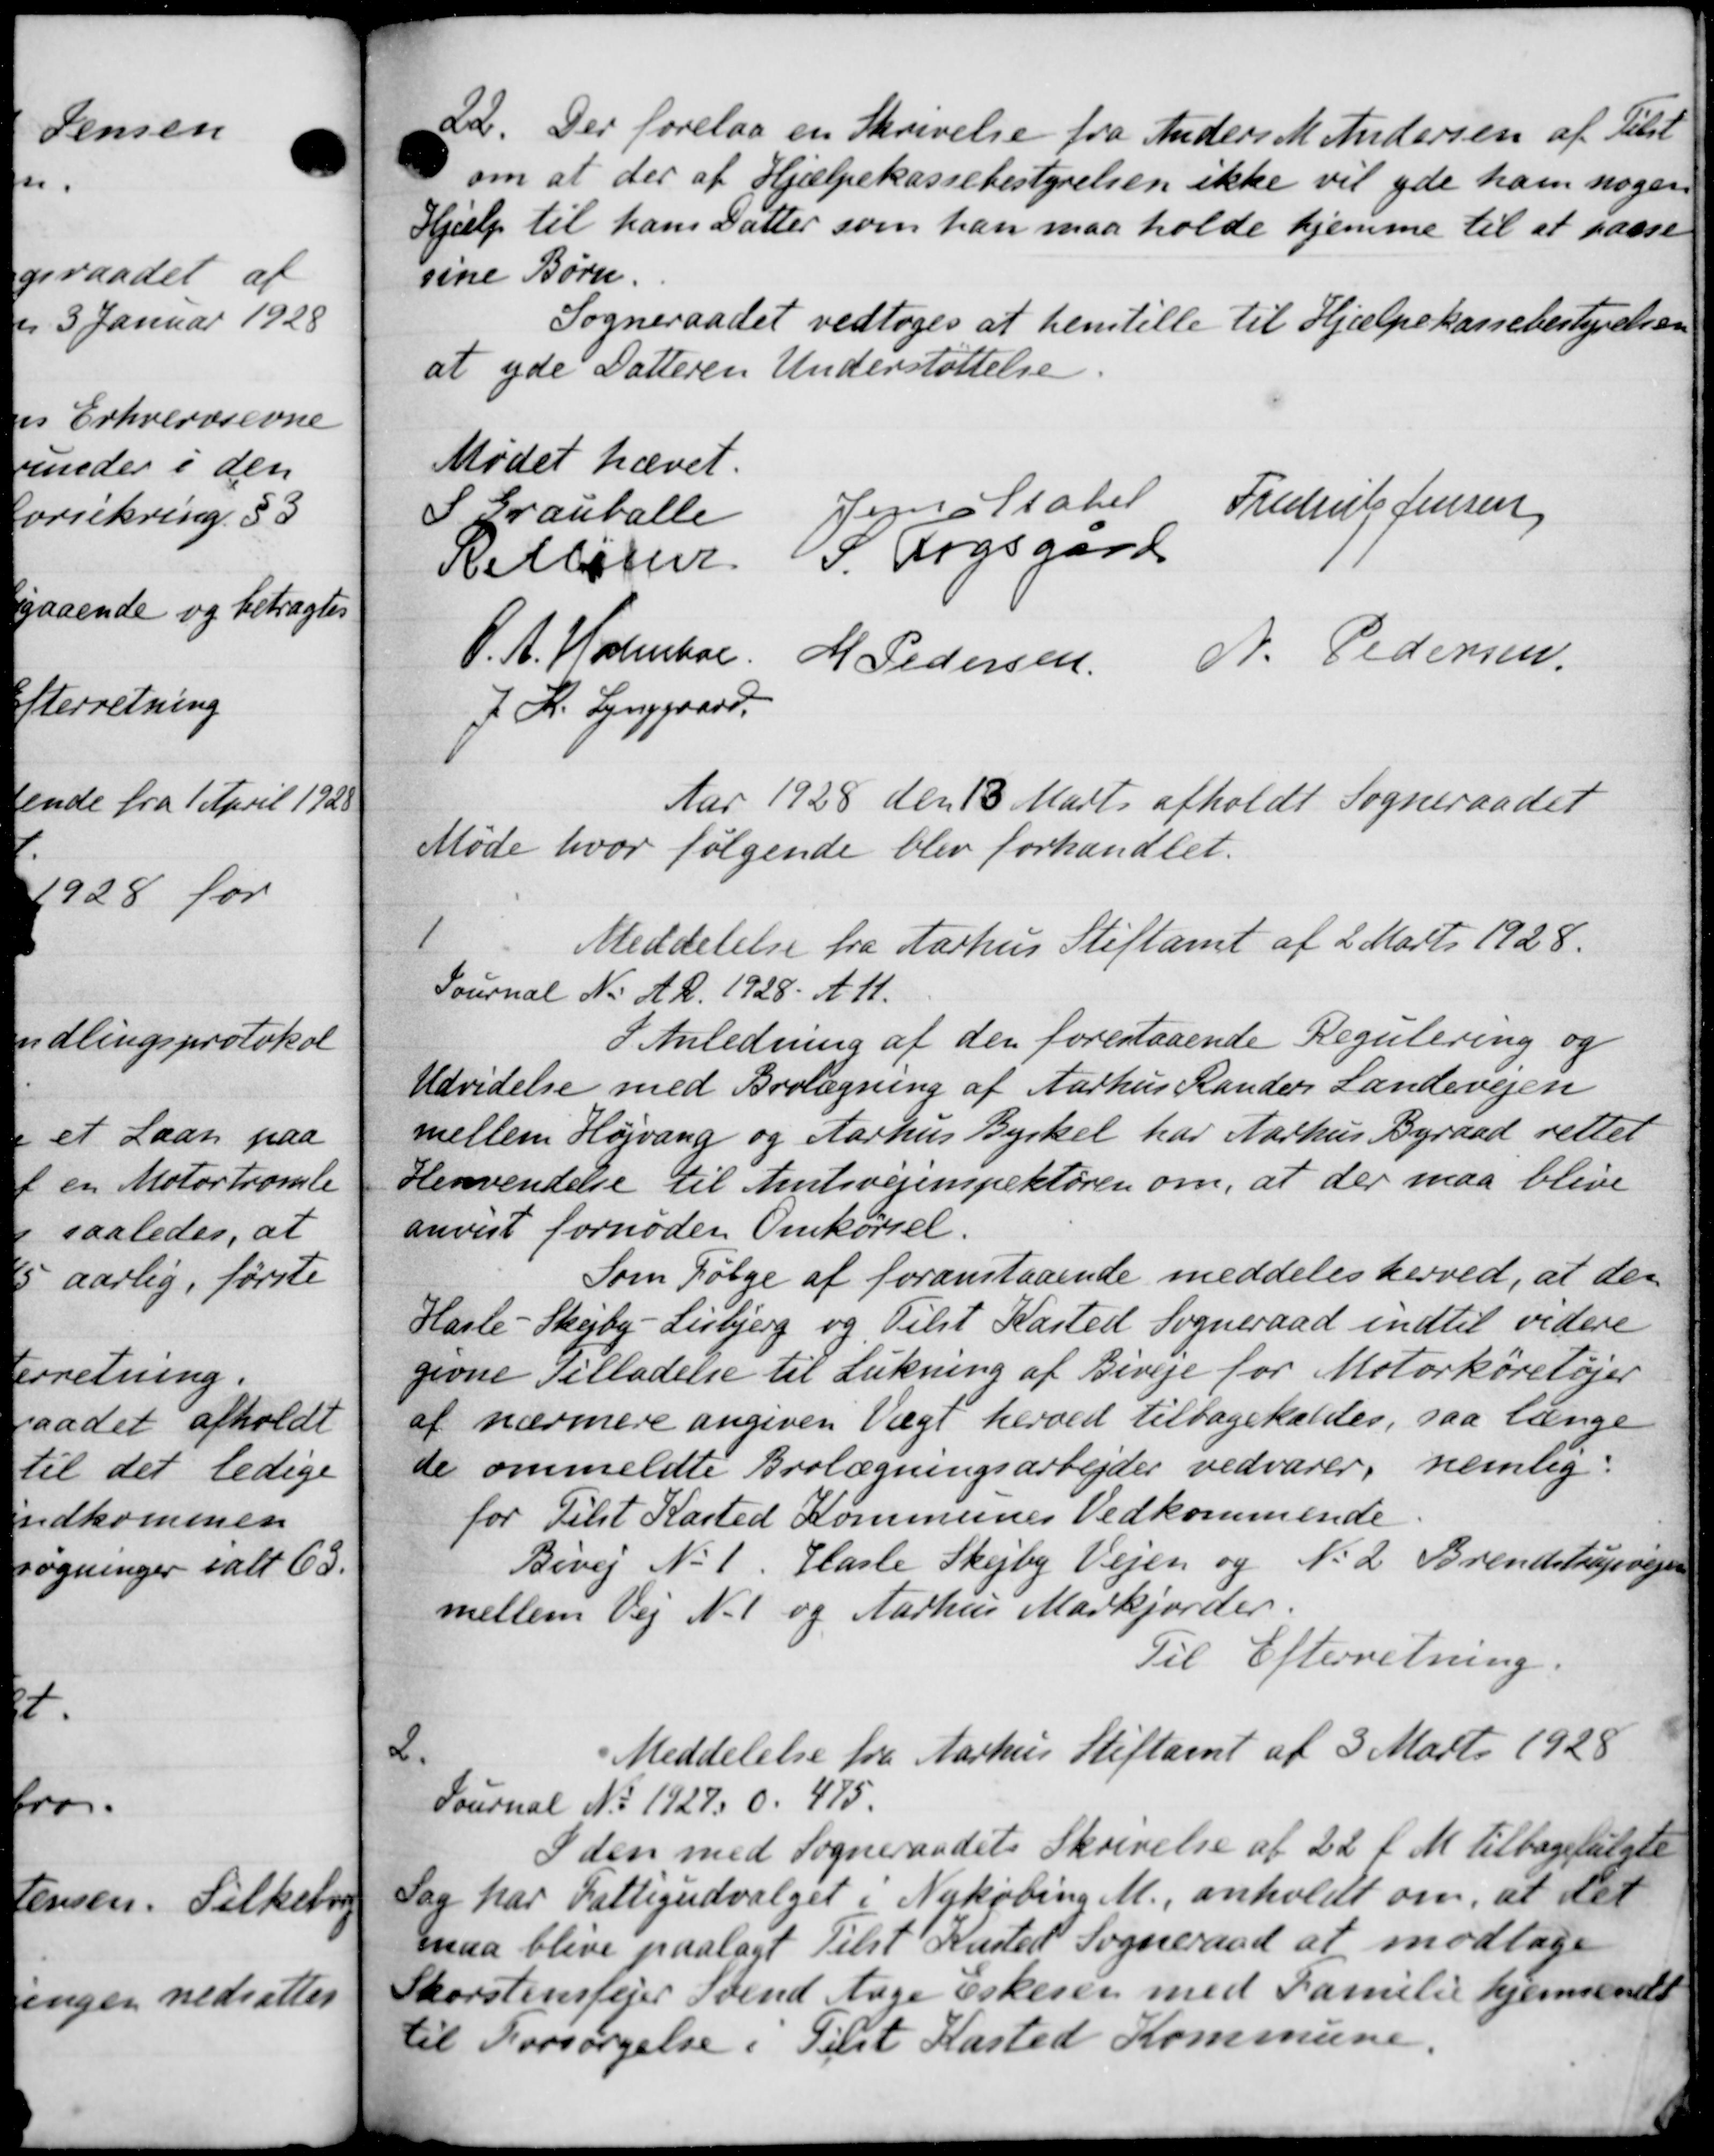
Transskription:
22.
Der forelaa en Skrivelse fra Anders M Andersen af Tilst
om at der af Hjælpekassebestyrelsen ikke vil yde ham nogen
Hjælp til hans Datter som han maa holde hjemme til at passe
sine Børn.
Sogneraadet vedtoges at henstille til Hjælpekassebestyrelsen
at yde Datteren Understøttelse.
Mødet hævet.
I Grauballe
Peraltabel Frederik Jensen
Belløser P. Fogsgård
O.A. Holmboe, M. Pedersen N. Pedersen
J. R. Lynggaard
Aar 1928 den 18 Marts afholdt Sogneraadet
Møde hvor følgende blev forhandlet.
1
Meddelelse fra Aarhus Stiftamt af 2 Marts 1928.
Sournal N. A. R. 1928. A. A.
I Anledning af den forestaaende Regulering og
Udvidelse med Borlægning af Aarhus Randers Landevejen
mellem Højvang og Aarhus Byrkel har Aarhus Byraad retter
Henvendelse til Amtsvejinspektøren om, at der maa blive
anvist fornøden Omkørsel.
Som Følge af foranstaaende meddeles herved, at der
Hasle - Skejby - Lisbjerg og Tilst Kasted Sogneraad indtil videre
givne Tilladelse til Lukning af Biveje for Motorkøretøjer
af nærmere angiven Vægt herved tilbagekaldtes, saa længe
de ommeldte Brolægningsarbejder vedvarer, nemlig
for Tilst Kasted Kommunes Vedkommende
Bivej No 1. Hasle Skejby Vejen og N. 2 Brendstrupvejen
mellem Vej N. 1 og Aarhus Markjorder.
Til Efterretning
2.
Meddelelse fra Aarhus Stiftamt af 3 Marts 1928
Pournal No 1927 d. 475.
I den med Sogneraadets Skrivelse af 22 f. M. tilbagevalgte
Sag har Fattigudvalget i Nykøbing M., anholdt om, at det
maa blive paalagt tilst Kasted Sogneraad at modtage
Skorstensfejer Svend tage Eskesen med Familie hjemsende
til Forsørgelse i Tilst Kasted Kommune